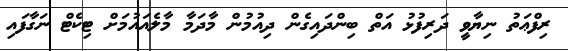
ރިފްޢަތު ނިޔާވީ ދަރިފުޅު އަތް ބިންދައިގެން ދިއުމުން މާދަމާ މާލެއައުމަށް ޓިކެޓް ނަގާފައި